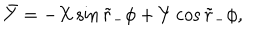
\bar { Y } = - X \sin \tilde { r } _ { - } \phi + Y \cos \tilde { r } _ { - } \phi ,